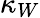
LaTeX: \kappa_{W}